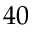
4 0